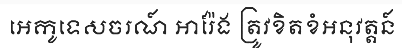
អេកូទេសចរណ៍ អារ៉ែង ត្រូវខិតខំអនុវត្តន៍